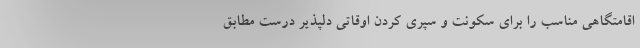
اقامتگاهی مناسب را برای سکونت و سپری کردن اوقاتی دلپذیر درست مطابق